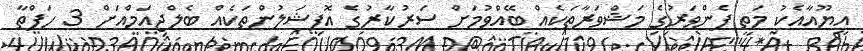
އީޔޫއާއެކު މަތީ ފެންވަރުގެ މަޝްވަރާތަކެއް ބޭއްވުމަށް ސަރުކާރުގެ އޮފިޝަލުންތަކެއް ބެލްޖިއަމްއަށް 3 ހަފްތާ